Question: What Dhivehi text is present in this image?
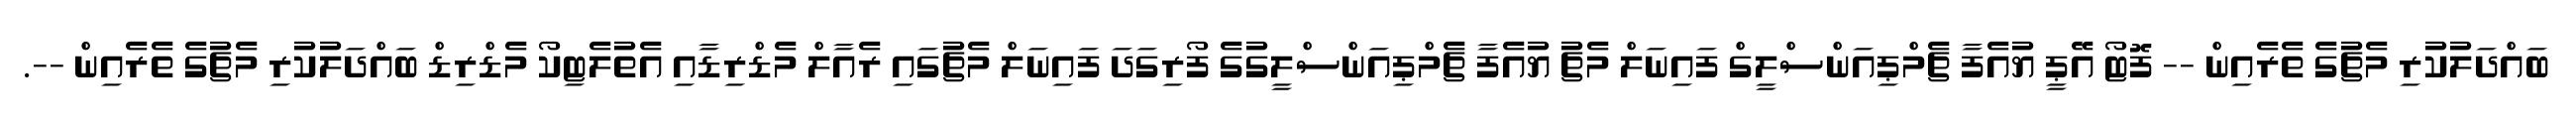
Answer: ބައްދަލުކުރި މެޗުގެ ތެރެއިން -- ފޮޓޯ އޭޕީ ޔުއެފާ ޗެމްޕިއަންސްލީގް ފައިނަލް މެޗު ޔުއެފާ ޗެމްޕިއަންސްލީގުގެ ފޯރިގަދަ ފައިނަލް މެޗުގައި ރެއާލް މެޑްރިޑާއި އެތުލެޓިކޯ މެޑްރިޑް ބައްދަލުކުރި މެޗުގެ ތެރެއިން --.